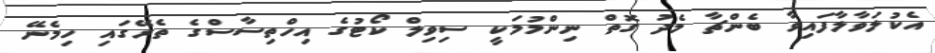
އެކުލަވާލާފައިވާ ބެންޗާ މެދު ގޮތް ނިންމުމަކީ ސިވިލް ކޯޓުގެ އިހްތިސާސްގެ ތެރޭގައި ހިމެނޭ